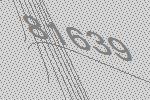
81639